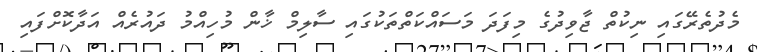
މެދުތެރޭގައި ނިކުތް ޖާވިދުގެ މިފަދަ މަސައްކަތްތަކުގައި ސާލިމް ޚާން މުހިއްމު ދައުރެއް އަދާކޮށްފައި